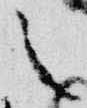
之